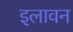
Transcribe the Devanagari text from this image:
इलावन